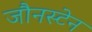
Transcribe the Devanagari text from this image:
जौनस्टेन